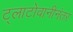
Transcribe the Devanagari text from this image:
ट्लाटोवानीनंतर